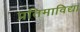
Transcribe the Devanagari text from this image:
प्रतिमाविद्या